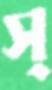
স্